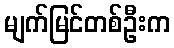
မျက်မြင်တစ်ဦးက